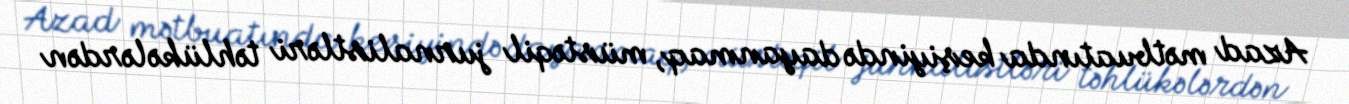
Azad mətbuatında keşiyində dayanmaq, müstəqil jurnalistləri təhlükələrdən